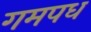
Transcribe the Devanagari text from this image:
गमपध